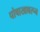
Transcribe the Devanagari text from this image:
पोषाखावरून